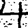
Digit: 4